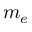
m _ { e }